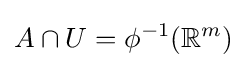
A\cap U=\phi ^{-1}(\mathbb {R} ^{m})